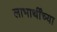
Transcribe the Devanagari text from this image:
लाभार्थींच्या